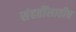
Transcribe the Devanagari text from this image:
संहतींसाठीच